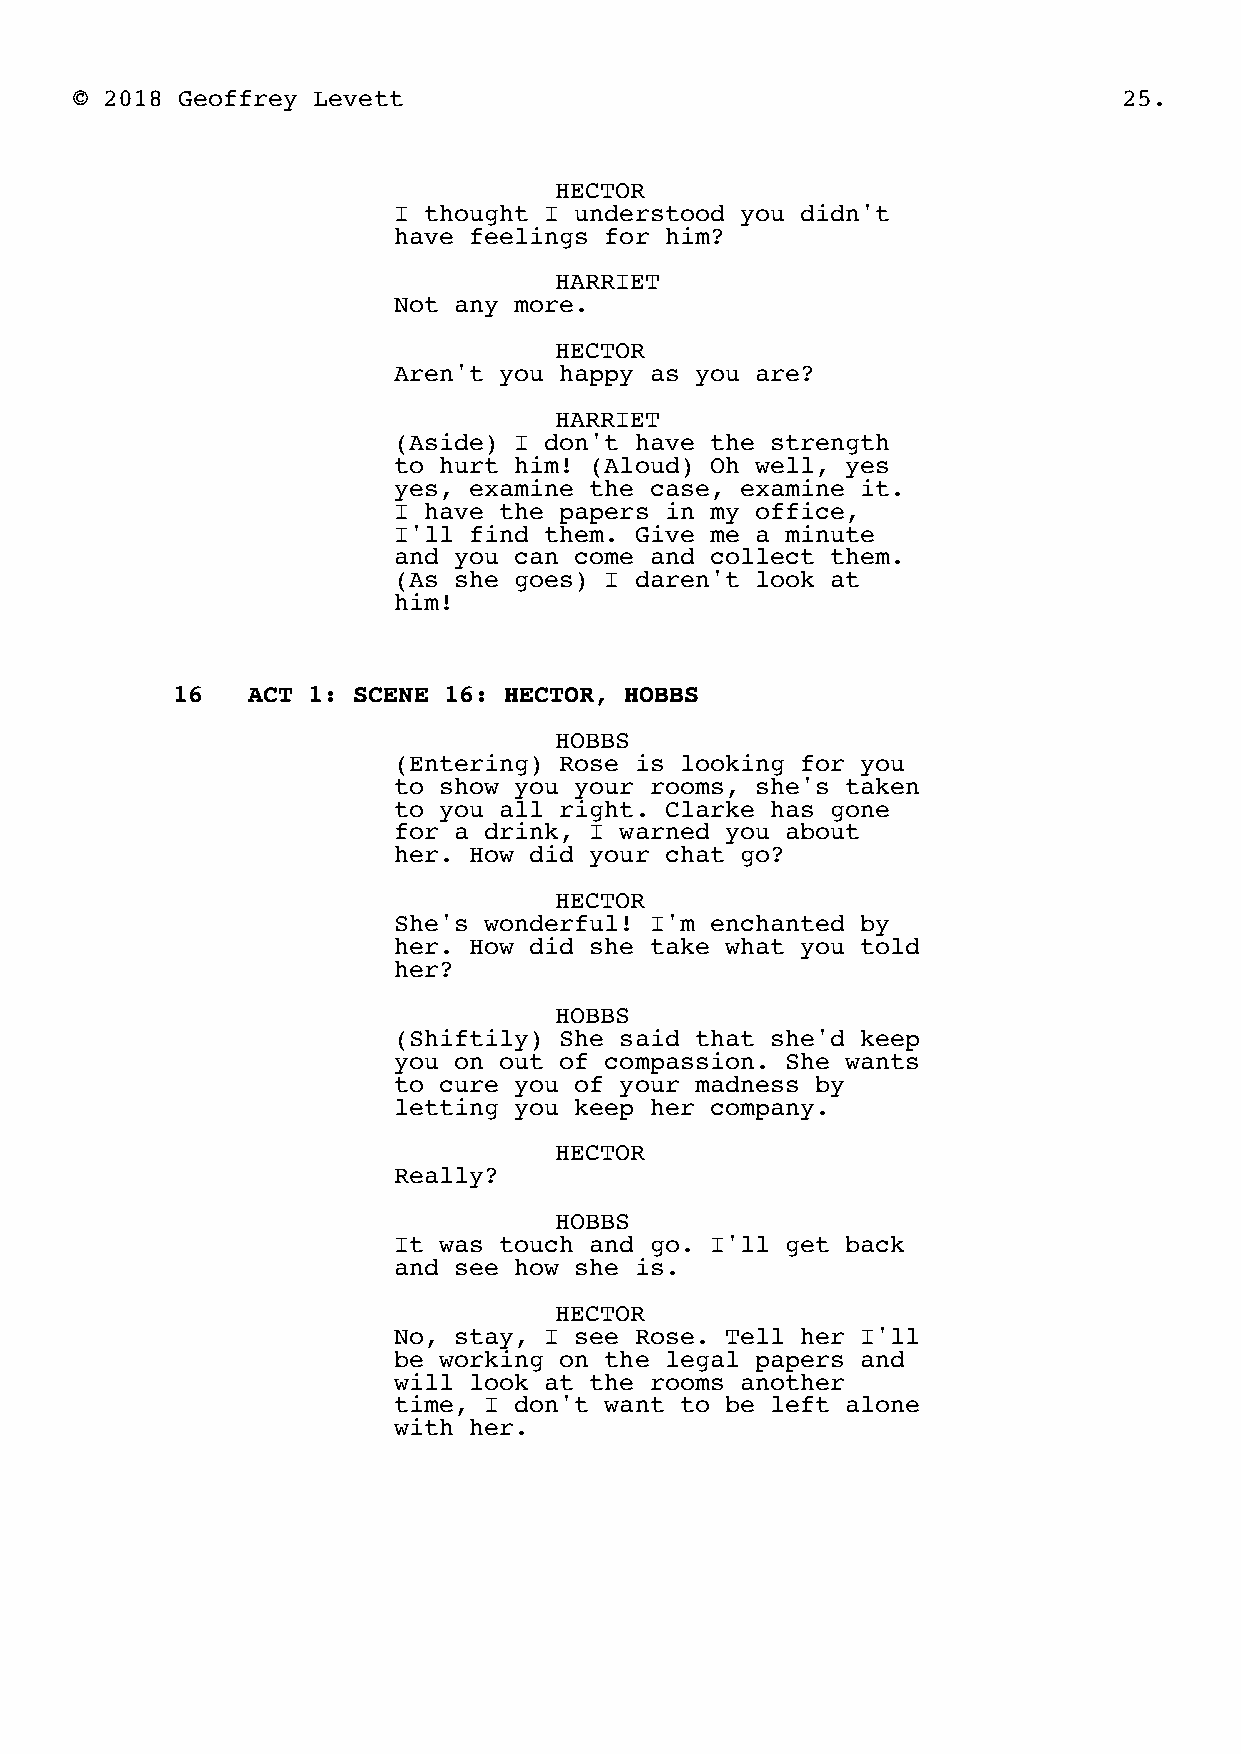
© 2018 Geoffrey Levett                                               25.
 HECTOR
 I thought I understood you didn't
 have feelings for him?
 HARRIET
 Not any more.
 HECTOR
 Aren't you happy as you are?
 HARRIET
 (Aside) I don't have the strength
 to hurt him! (Aloud) Oh well, yes
 yes, examine the case, examine it.
 I have the papers in my office,
 I'll find them. Give me a minute
 and you can come and collect them.
 (As she goes) I daren't look at
 him!
 16   ACT 1: SCENE 16: HECTOR, HOBBS
 HOBBS
 (Entering) Rose is looking for you
 to show you your rooms, she's taken
 to you all right. Clarke has gone
 for a drink, I warned you about
 her. How did your chat go?
 HECTOR
 She's wonderful! I'm enchanted by
 her. How did she take what you told
 her?
 HOBBS
 (Shiftily) She said that she'd keep
 you on out of compassion. She wants
 to cure you of your madness by
 letting you keep her company.
 HECTOR
 Really?
 HOBBS
 It was touch and go. I'll get back
 and see how she is.
 HECTOR
 No, stay, I see Rose. Tell her I'll
 be working on the legal papers and
 will look at the rooms another
 time, I don't want to be left alone
 with her.